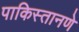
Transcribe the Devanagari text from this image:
पाकिस्तानणे